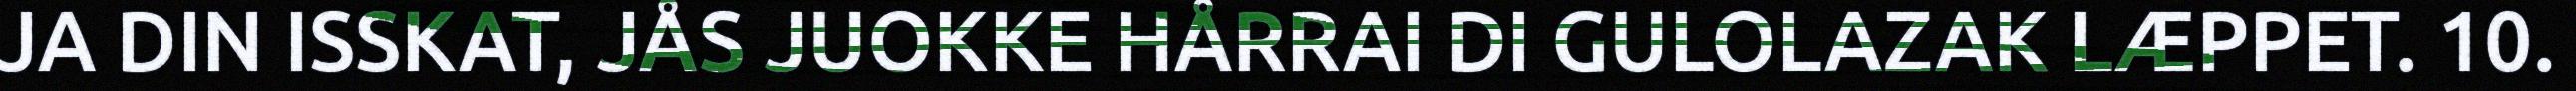
JA DIN ISSKAT, JÅS JUOKKE HÅRRAI DI GULOLAZAK LÆPPET. 10.